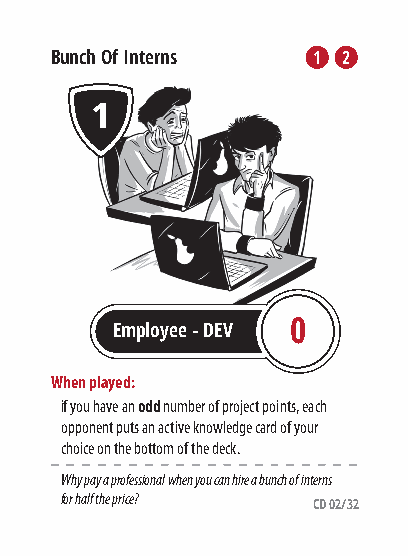
Bunch Of Interns  1 22
 1
 Employee - DEV 0
 When played:
 if you have an odd number of project points, each
 opponent puts an active knowledge card of your
 choice on the bottom of the deck.
 Why pay a professional when you can hire a bunch of interns
 for half the price?
 CD 02/32